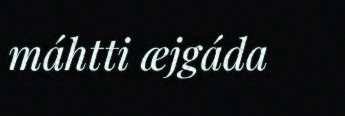
máhtti æjgáda